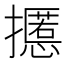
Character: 𰔸